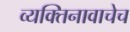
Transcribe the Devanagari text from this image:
व्यक्तिनावाचेच